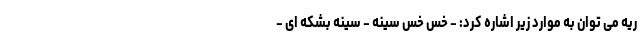
ریه می توان به موارد زیر اشاره کرد: - خس خس سینه - سینه بشکه ای -